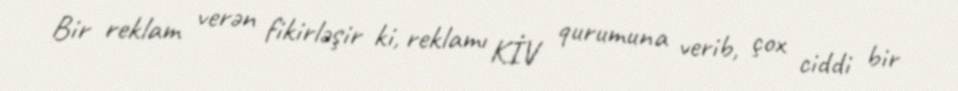
Bir reklam verən fikirləşir ki, reklamı KİV qurumuna verib, çox ciddi bir